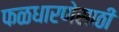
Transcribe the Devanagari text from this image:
फळधारणेसाठी